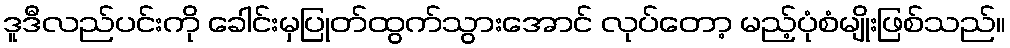
ဒူဒီလည်ပင်းကို ခေါင်းမှပြုတ်ထွက်သွားအောင် လုပ်တော့ မည့်ပုံစံမျိုးဖြစ်သည်။